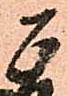
正